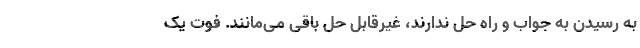
به رسیدن به جواب و راه حل ندارند، غیرقابل حل باقی می‌مانند. فوت یک